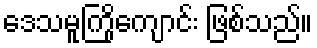
ဒေသမူကြိုကျောင်း ဖြစ်သည်။